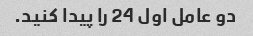
دو عامل اول 24 را پیدا کنید.